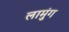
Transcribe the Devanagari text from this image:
लामुंग